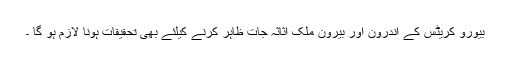
بیورو کریٹس کے اندرون اور بیرون ملک اثاثہ جات ظاہر کرنے کیلئے بھی تحقیقات ہونا لازم ہو گا ۔